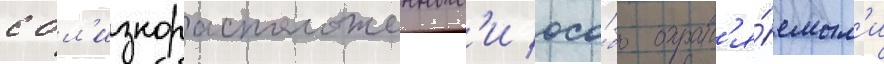
с бл'изкорасположенным'и осо́бо охран'я́емым'и